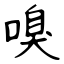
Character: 嗅